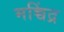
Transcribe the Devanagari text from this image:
मच्चिंद्र